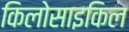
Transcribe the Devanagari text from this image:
किलोसाइकिल